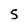
Character: 5